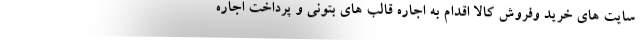
سایت های خرید وفروش کالا اقدام به اجاره قالب های بتونی و پرداخت اجاره